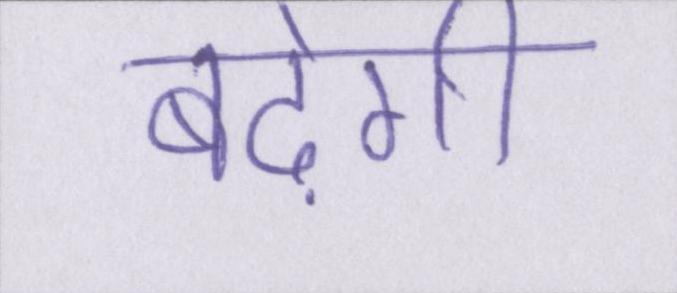
बढ़ेगी